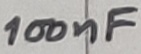
Text: 100nF